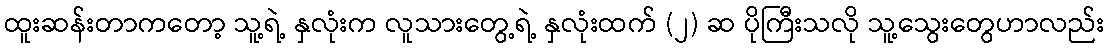
ထူးဆန်းတာကတော့ သူ့ရဲ့ နှလုံးက လူသားတွေ့ရဲ့ နှလုံးထက် (၂) ဆ ပိုကြီးသလို သူ့သွေးတွေဟာလည်း